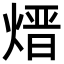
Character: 𪹓